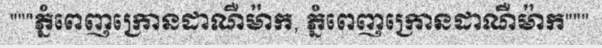
"""ភ្នំពេញក្រោនដាណឺម៉ាក, ភ្នំពេញក្រោនដាណឺម៉ាក"""